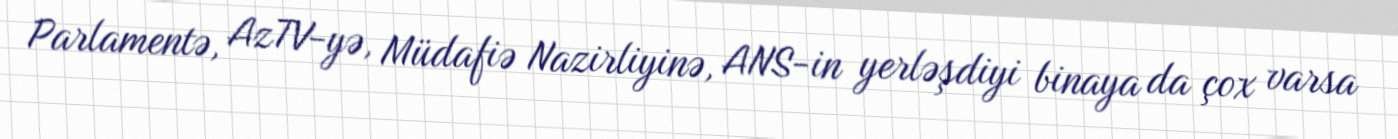
Parlamentə, AzTV-yə, Müdafiə Nazirliyinə, ANS-in yerləşdiyi binaya da çox varsa